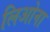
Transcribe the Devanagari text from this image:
लिओना